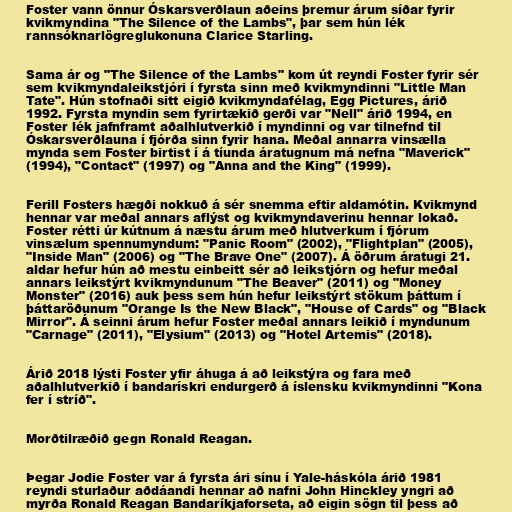
Foster vann önnur Óskarsverðlaun aðeins þremur árum síðar fyrir
kvikmyndina "The Silence of the Lambs", þar sem hún lék
rannsóknarlögreglukonuna Clarice Starling.

Sama ár og "The Silence of the Lambs" kom út reyndi Foster fyrir sér
sem kvikmyndaleikstjóri í fyrsta sinn með kvikmyndinni "Little Man
Tate". Hún stofnaði sitt eigið kvikmyndafélag, Egg Pictures, árið
1992. Fyrsta myndin sem fyrirtækið gerði var "Nell" árið 1994, en
Foster lék jafnframt aðalhlutverkið í myndinni og var tilnefnd til
Óskarsverðlauna í fjórða sinn fyrir hana. Meðal annarra vinsælla
mynda sem Foster birtist í á tíunda áratugnum má nefna "Maverick"
(1994), "Contact" (1997) og "Anna and the King" (1999).

Ferill Fosters hægði nokkuð á sér snemma eftir aldamótin. Kvikmynd
hennar var meðal annars aflýst og kvikmyndaverinu hennar lokað.
Foster rétti úr kútnum á næstu árum með hlutverkum í fjórum
vinsælum spennumyndum: "Panic Room" (2002), "Flightplan" (2005),
"Inside Man" (2006) og "The Brave One" (2007). Á öðrum áratugi 21.
aldar hefur hún að mestu einbeitt sér að leikstjórn og hefur meðal
annars leikstýrt kvikmyndunum "The Beaver" (2011) og "Money
Monster" (2016) auk þess sem hún hefur leikstýrt stökum þáttum í
þáttaröðunum "Orange Is the New Black", "House of Cards" og "Black
Mirror". Á seinni árum hefur Foster meðal annars leikið í myndunum
"Carnage" (2011), "Elysium" (2013) og "Hotel Artemis" (2018).

Árið 2018 lýsti Foster yfir áhuga á að leikstýra og fara með
aðalhlutverkið í bandarískri endurgerð á íslensku kvikmyndinni "Kona
fer í stríð".

Morðtilræðið gegn Ronald Reagan.

Þegar Jodie Foster var á fyrsta ári sínu í Yale-háskóla árið 1981
reyndi sturlaður aðdáandi hennar að nafni John Hinckley yngri að
myrða Ronald Reagan Bandaríkjaforseta, að eigin sögn til þess að